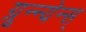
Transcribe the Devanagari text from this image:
ग्रून्न्येन्स्